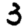
Digit: 3